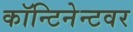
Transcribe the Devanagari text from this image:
कॉन्टिनेन्टवर